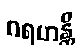
ဂရဟန္တိ